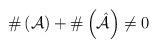
LaTeX: \begin{align*}\#\left( \mathcal{A}\right) +\#\left( {\hat{\mathcal{A}}}\right) \not=0 \end{align*}